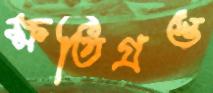
ক্ষতিগ্রস্ত